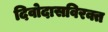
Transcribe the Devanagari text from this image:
दिवोदासविरक्त